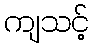
ကျသင့်